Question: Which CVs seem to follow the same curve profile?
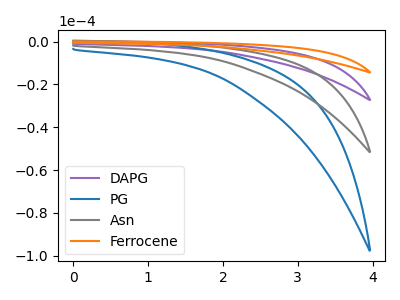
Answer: <think>The purple curve "DAPG" has no peaks. The blue curve "PG" has no peaks. The gray curve "Asn" has no peaks. The orange curve "Ferrocene" has no peaks.
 Neither "DAPG" or "PG" have any peaks. Neither "DAPG" or "Asn" have any peaks. Neither "DAPG" or "Ferrocene" have any peaks. Neither "PG" or "Asn" have any peaks. Neither "PG" or "Ferrocene" have any peaks. Neither "Asn" or "Ferrocene" have any peaks.</think>
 <answer>"PG", "DAPG", "Asn" and "Ferrocene" have the same shape and are likely CV's of the same chemical.</answer>
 <eval>"PG" "DAPG" "Asn" "Ferrocene"</eval>